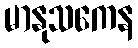
မာနုသကေန